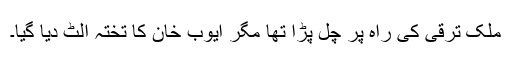
ملک ترقی کی راہ پر چل پڑا تھا مگر ایوب خان کا تختہ الٹ دیا گیا۔